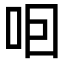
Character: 𠰸